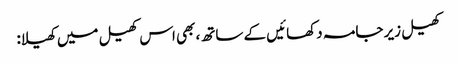
کھیل زیر جامہ دکھائیں کے ساتھ، بھی اس کھیل میں کھیلا: